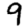
Digit: 9